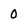
Character: 0